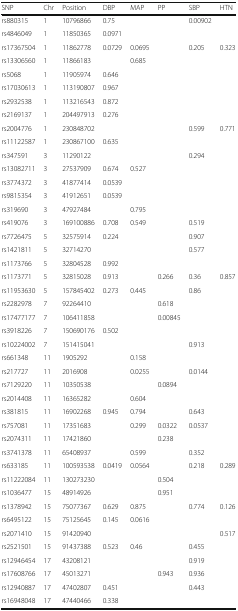
<table><thead><tr><td><b>SNP</b></td><td><b>Chr</b></td><td><b>Position</b></td><td><b>DBP</b></td><td><b>MAP</b></td><td><b>PP</b></td><td><b>SBP</b></td><td><b>HTN</b></td></tr></thead><tbody><tr><td>rs880315</td><td>1</td><td>10796866</td><td>0.75</td><td></td><td></td><td>0.00902</td><td></td></tr><tr><td>rs4846049</td><td>1</td><td>11850365</td><td>0.0971</td><td></td><td></td><td></td><td></td></tr><tr><td>rs17367504</td><td>1</td><td>11862778</td><td>0.0729</td><td>0.0695</td><td></td><td>0.205</td><td>0.323</td></tr><tr><td>rs13306560</td><td>1</td><td>11866183</td><td></td><td>0.685</td><td></td><td></td><td></td></tr><tr><td>rs5068</td><td>1</td><td>11905974</td><td>0.646</td><td></td><td></td><td></td><td></td></tr><tr><td>rs17030613</td><td>1</td><td>113190807</td><td>0.967</td><td></td><td></td><td></td><td></td></tr><tr><td>rs2932538</td><td>1</td><td>113216543</td><td>0.872</td><td></td><td></td><td></td><td></td></tr><tr><td>rs2169137</td><td>1</td><td>204497913</td><td>0.276</td><td></td><td></td><td></td><td></td></tr><tr><td>rs2004776</td><td>1</td><td>230848702</td><td></td><td></td><td></td><td>0.599</td><td>0.771</td></tr><tr><td>rs11122587</td><td>1</td><td>230867100</td><td>0.635</td><td></td><td></td><td></td><td></td></tr><tr><td>rs347591</td><td>3</td><td>11290122</td><td></td><td></td><td></td><td>0.294</td><td></td></tr><tr><td>rs13082711</td><td>3</td><td>27537909</td><td>0.674</td><td>0.527</td><td></td><td></td><td></td></tr><tr><td>rs3774372</td><td>3</td><td>41877414</td><td>0.0539</td><td></td><td></td><td></td><td></td></tr><tr><td>rs9815354</td><td>3</td><td>41912651</td><td>0.0539</td><td></td><td></td><td></td><td></td></tr><tr><td>rs319690</td><td>3</td><td>47927484</td><td></td><td>0.795</td><td></td><td></td><td></td></tr><tr><td>rs419076</td><td>3</td><td>169100886</td><td>0.708</td><td>0.549</td><td></td><td>0.519</td><td></td></tr><tr><td>rs7726475</td><td>5</td><td>32575914</td><td>0.224</td><td></td><td></td><td>0.907</td><td></td></tr><tr><td>rs1421811</td><td>5</td><td>32714270</td><td></td><td></td><td></td><td>0.577</td><td></td></tr><tr><td>rs1173766</td><td>5</td><td>32804528</td><td>0.992</td><td></td><td></td><td></td><td></td></tr><tr><td>rs1173771</td><td>5</td><td>32815028</td><td>0.913</td><td></td><td>0.266</td><td>0.36</td><td>0.857</td></tr><tr><td>rs11953630</td><td>5</td><td>157845402</td><td>0.273</td><td>0.445</td><td></td><td>0.86</td><td></td></tr><tr><td>rs2282978</td><td>7</td><td>92264410</td><td></td><td></td><td>0.618</td><td></td><td></td></tr><tr><td>rs17477177</td><td>7</td><td>106411858</td><td></td><td></td><td>0.00845</td><td></td><td></td></tr><tr><td>rs3918226</td><td>7</td><td>150690176</td><td>0.502</td><td></td><td></td><td></td><td></td></tr><tr><td>rs10224002</td><td>7</td><td>151415041</td><td></td><td></td><td></td><td>0.913</td><td></td></tr><tr><td>rs661348</td><td>11</td><td>1905292</td><td></td><td>0.158</td><td></td><td></td><td></td></tr><tr><td>rs217727</td><td>11</td><td>2016908</td><td></td><td>0.0255</td><td></td><td>0.0144</td><td></td></tr><tr><td>rs7129220</td><td>11</td><td>10350538</td><td></td><td></td><td>0.0894</td><td></td><td></td></tr><tr><td>rs2014408</td><td>11</td><td>16365282</td><td></td><td>0.604</td><td></td><td></td><td></td></tr><tr><td>rs381815</td><td>11</td><td>16902268</td><td>0.945</td><td>0.794</td><td></td><td>0.643</td><td></td></tr><tr><td>rs757081</td><td>11</td><td>17351683</td><td></td><td>0.299</td><td>0.0322</td><td>0.0537</td><td></td></tr><tr><td>rs2074311</td><td>11</td><td>17421860</td><td></td><td></td><td>0.238</td><td></td><td></td></tr><tr><td>rs3741378</td><td>11</td><td>65408937</td><td></td><td>0.599</td><td></td><td>0.352</td><td></td></tr><tr><td>rs633185</td><td>11</td><td>100593538</td><td>0.0419</td><td>0.0564</td><td></td><td>0.218</td><td>0.289</td></tr><tr><td>rs11222084</td><td>11</td><td>130273230</td><td></td><td></td><td>0.504</td><td></td><td></td></tr><tr><td>rs1036477</td><td>15</td><td>48914926</td><td></td><td></td><td>0.951</td><td></td><td></td></tr><tr><td>rs1378942</td><td>15</td><td>75077367</td><td>0.629</td><td>0.875</td><td></td><td>0.774</td><td>0.126</td></tr><tr><td>rs6495122</td><td>15</td><td>75125645</td><td>0.145</td><td>0.0616</td><td></td><td></td><td></td></tr><tr><td>rs2071410</td><td>15</td><td>91420940</td><td></td><td></td><td></td><td></td><td>0.517</td></tr><tr><td>rs2521501</td><td>15</td><td>91437388</td><td>0.523</td><td>0.46</td><td></td><td>0.455</td><td></td></tr><tr><td>rs12946454</td><td>17</td><td>43208121</td><td></td><td></td><td></td><td>0.919</td><td></td></tr><tr><td>rs17608766</td><td>17</td><td>45013271</td><td></td><td></td><td>0.943</td><td>0.936</td><td></td></tr><tr><td>rs12940887</td><td>17</td><td>47402807</td><td>0.451</td><td></td><td></td><td>0.443</td><td></td></tr><tr><td>rs16948048</td><td>17</td><td>47440466</td><td>0.338</td><td></td><td></td><td></td><td></td></tr></tbody></table>